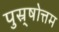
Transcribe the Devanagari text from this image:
पुस्र्षोत्तम